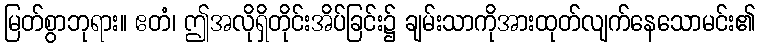
မြတ်စွာဘုရား။ ဧတံ၊ ဤအလိုရှိတိုင်းအိပ်ခြင်း၌ ချမ်းသာကိုအားထုတ်လျက်နေသောမင်း၏